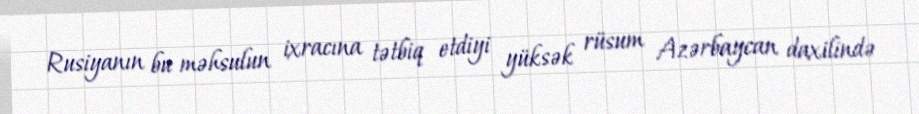
Rusiyanın bu məhsulun ixracına tətbiq etdiyi yüksək rüsum Azərbaycan daxilində